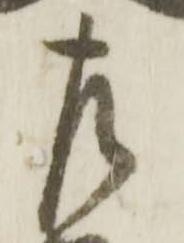
左